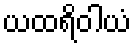
ယထရိဝါယံ